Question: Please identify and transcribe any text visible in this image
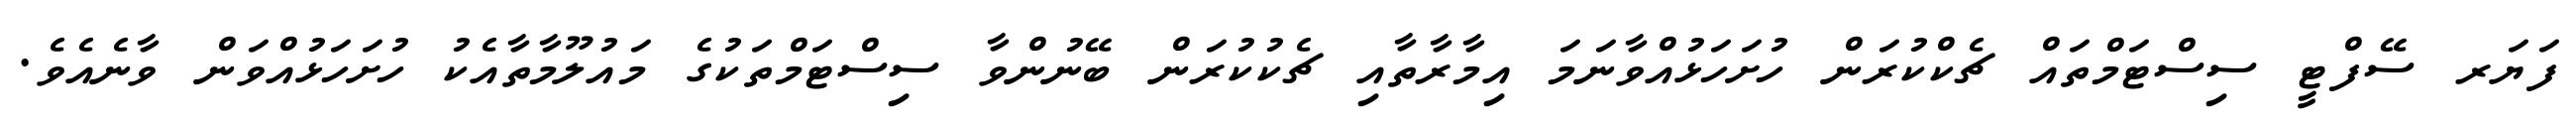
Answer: ފަޔަރ ސޭފްޓީ ސިސްޓަމްތައް ޗެކްކުރަން ހުށަހަޅުއްވާނަމަ އިމާރާތާއި ޗެކުކުރަން ބޭނުންވާ ސިސްޓަމްތަކުގެ މައުލޫމާތާއެކު ހުށަހަޅުއްވަން ވާނެއެވެ.